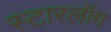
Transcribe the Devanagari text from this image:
स्टारलॉग